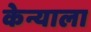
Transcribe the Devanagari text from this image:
केन्याला